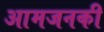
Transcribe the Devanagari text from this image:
आमजनकी